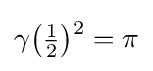
\textstyle \gamma {\bigl (}{\tfrac {1}{2}}{\bigr )}{\vphantom {)}}^{2}=\pi